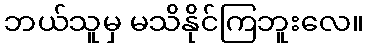
ဘယ်သူမှ မသိနိုင်ကြဘူးလေ။